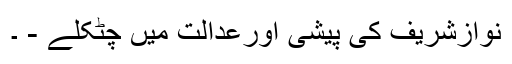
نوازشریف کی پیشی اورعدالت میں چٹکلے - ۔